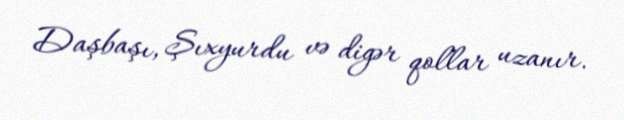
Daşbaşı, Şıxyurdu və digər qollar uzanır.